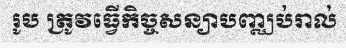
រូប ត្រូវធ្វើកិច្ចសន្យាបញ្ឈប់រាល់